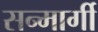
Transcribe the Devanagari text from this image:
सन्मार्गी